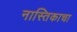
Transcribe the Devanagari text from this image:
नास्तिकाचा